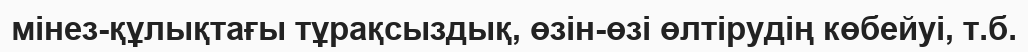
мiнез-құлықтағы тұрақсыздық, өзiн-өзi өлтiрудiң көбейуi, т.б.